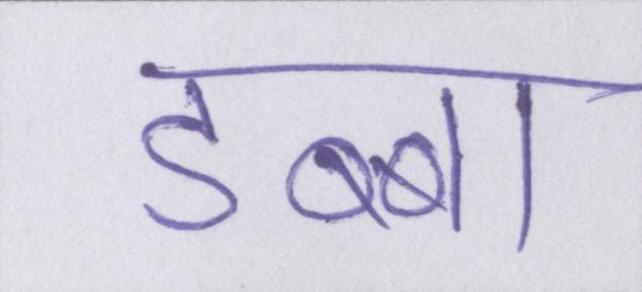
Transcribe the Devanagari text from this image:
डब्बा